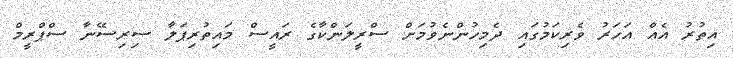
އިތުރު އެއް އަހަރު ވެރިކަމުގައި ދެމިހުންނެވުމަށް ސްރީލަންކާގެ ރައީސް މައިތުރިޕަލާ ސިރިސޭނާ ސްޕްރީމް